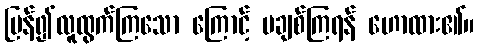
ပြန်၍လူထွက်ကြသော ကြောင့် မချစ်ကြရန် ဟောထား၏။